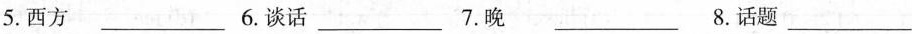
5.西方___ 6.谈话___ 7.晚___ 8.话题___